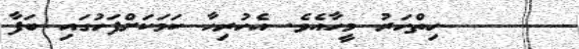
١٣     ހިތްހަރު މީހާއެވެ. އެހުރިހާ ކަމަކަށްފަހުގައި ބަފާ